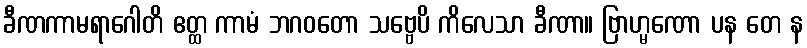
ခီဏကာမရာဂေါတိ ဧတ္ထ ကာမံ ဘဂဝတော သဗ္ဗေပိ ကိလေသာ ခီဏာ။ ဗြာဟ္မဏော ပန တေ န